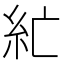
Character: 𰫘